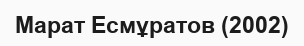
Марат Есмұратов (2002)